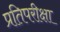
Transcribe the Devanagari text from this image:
प्रतिपरीक्षा